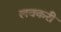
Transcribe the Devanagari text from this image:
लवकरी